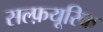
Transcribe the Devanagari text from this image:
सल्फ़यूरिक